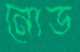
নোড